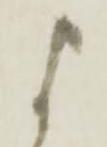
よ